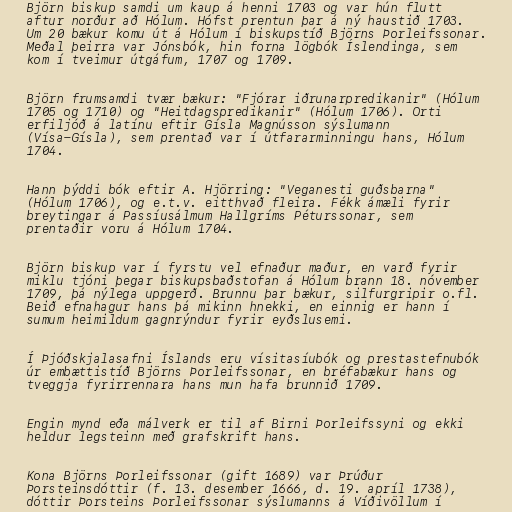
Björn biskup samdi um kaup á henni 1703 og var hún flutt
aftur norður að Hólum. Hófst prentun þar á ný haustið 1703.
Um 20 bækur komu út á Hólum í biskupstíð Björns Þorleifssonar.
Meðal þeirra var Jónsbók, hin forna lögbók Íslendinga, sem
kom í tveimur útgáfum, 1707 og 1709.

Björn frumsamdi tvær bækur: "Fjórar iðrunarpredikanir" (Hólum
1705 og 1710) og "Heitdagspredikanir" (Hólum 1706). Orti
erfiljóð á latínu eftir Gísla Magnússon sýslumann
(Vísa-Gísla), sem prentað var í útfararminningu hans, Hólum
1704.

Hann þýddi bók eftir A. Hjörring: "Veganesti guðsbarna"
(Hólum 1706), og e.t.v. eitthvað fleira. Fékk ámæli fyrir
breytingar á Passíusálmum Hallgríms Péturssonar, sem
prentaðir voru á Hólum 1704.

Björn biskup var í fyrstu vel efnaður maður, en varð fyrir
miklu tjóni þegar biskupsbaðstofan á Hólum brann 18. nóvember
1709, þá nýlega uppgerð. Brunnu þar bækur, silfurgripir o.fl.
Beið efnahagur hans þá mikinn hnekki, en einnig er hann í
sumum heimildum gagnrýndur fyrir eyðslusemi.

Í Þjóðskjalasafni Íslands eru vísitasíubók og prestastefnubók
úr embættistíð Björns Þorleifssonar, en bréfabækur hans og
tveggja fyrirrennara hans mun hafa brunnið 1709.

Engin mynd eða málverk er til af Birni Þorleifssyni og ekki
heldur legsteinn með grafskrift hans.

Kona Björns Þorleifssonar (gift 1689) var Þrúður
Þorsteinsdóttir (f. 13. desember 1666, d. 19. apríl 1738),
dóttir Þorsteins Þorleifssonar sýslumanns á Víðivöllum í